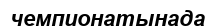
чемпионатынада